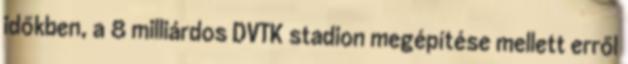
időkben, a 8 milliárdos DVTK stadion megépítése mellett erről